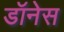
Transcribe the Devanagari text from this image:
डॉनेस